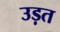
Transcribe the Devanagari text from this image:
उड़त